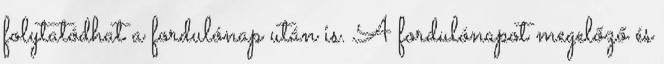
folytatódhat a fordulónap után is. A fordulónapot megelőző és